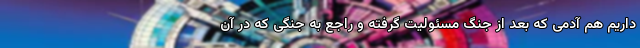
داریم هم آدمی که بعد از جنگ مسئولیت گرفته و راجع به جنگی که در آن